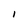
Character: I